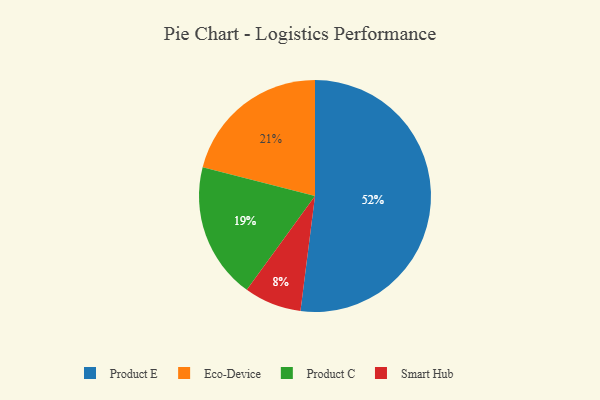
{"axis": {"x": "Category", "y": "Percentage"}, "legend": ["Eco-Device", "Product C", "Product E", "Smart Hub"], "data": [{"x": "Smart Hub", "y": 8, "type": "Smart Hub"}, {"x": "Eco-Device", "y": 21, "type": "Eco-Device"}, {"x": "Product C", "y": 19, "type": "Product C"}, {"x": "Product E", "y": 52, "type": "Product E"}]}